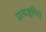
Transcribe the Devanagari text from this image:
प्रत्यङ्गिरा